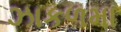
ઝાકળમા